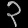
Digit: ၃